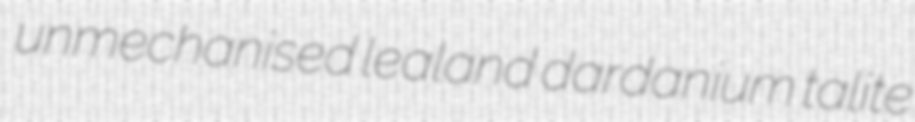
unmechanised lealand dardanium talite